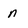
Character: n